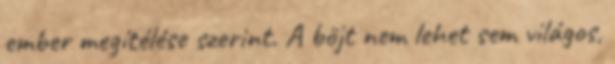
ember megítélése szerint. A böjt nem lehet sem világos,